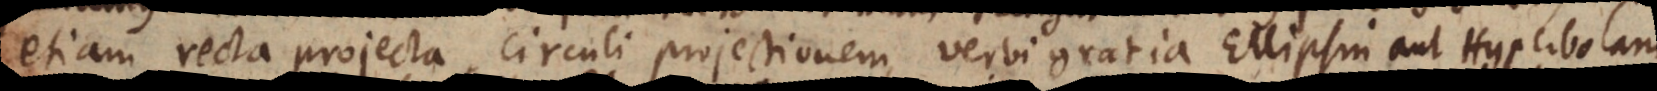
etiam recta projecta circuli projectionem, verbi gratia Ellipsin aut Hyperbolam